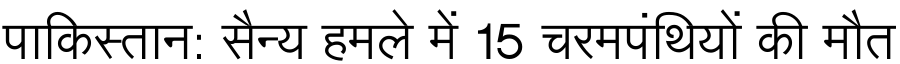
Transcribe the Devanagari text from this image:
पाकिस्तान: सैन्य हमले में 15 चरमपंथियों की मौत